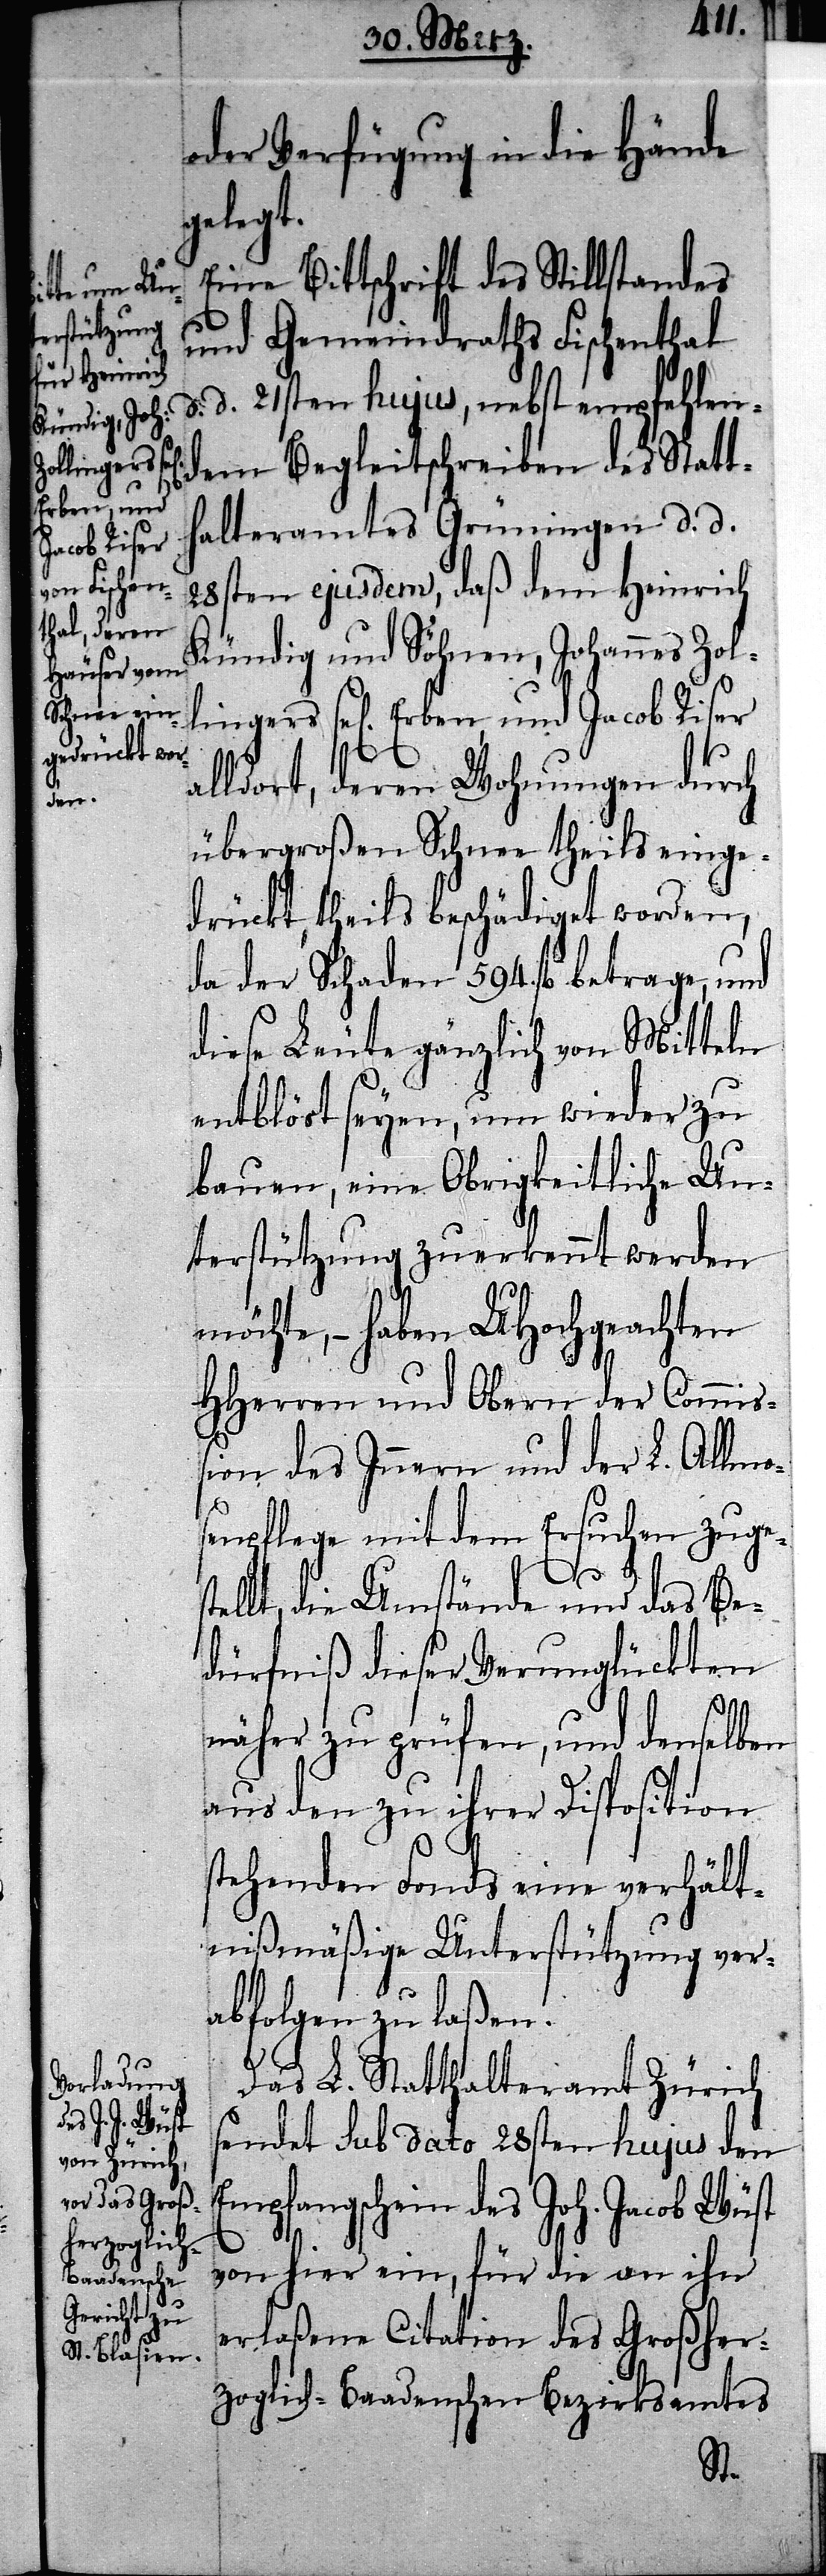
lingers
Erben, und
Jacob Riser

oder Verfügung in die Hände
gelegt.
Eine Bittschrift des Stillstandes
und Gemeindraths Fischenthal
d. 21sten hujus, nebst empfehlen¬
dem Begleitschreiben des Statt¬
halteramtes Grüningen d. d.
28sten ejusdem, daß dem Heinrich
Kündig und Söhnen, Johannes Zol¬
alldort, deren Wohnungen durch
übergroßen Schnee theils einge¬
drückt, theils beschädigt worden,
da der Schaden 594. fl betrage, und
diese Leute gänzlich von Mitteln
entbläßt seyen, um wieder zu
bauen, eine Obrigkeitliche Un¬
terstützung zuerkennt werden
möchte, – haben UHochgeachten
HHerren und Obern der Commiß¬
ion des Innern und der L. Allmo¬
senpflege mit dem Ersuchen zuge¬
ste¬
llt, die Umstände und das Be¬
dürfniß dieser Verunglückten
näher zu prüfen, und denselben
aus den zu ihrer Disposition
stehenden Fonds eine verhält¬
nißmäßige Unterstützung ver¬
abfolgen zu laßen.
Das L. Statthalteramt Zürich
sendet sub dato 28sten hujus den
Empfangschein des Joh. Jacob Wüst
von hier ein, für die an ihn
erlaßene Citation des Großher¬
zoglich-Baadenschen Bezirksamtes